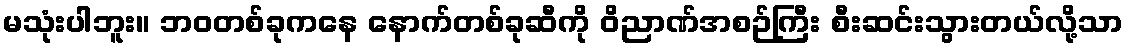
မသုံးပါဘူး။ ဘဝတစ်ခုကနေ နောက်တစ်ခုဆီကို ဝိညာဏ်အစဉ်ကြီး စီးဆင်းသွားတယ်လို့သာ